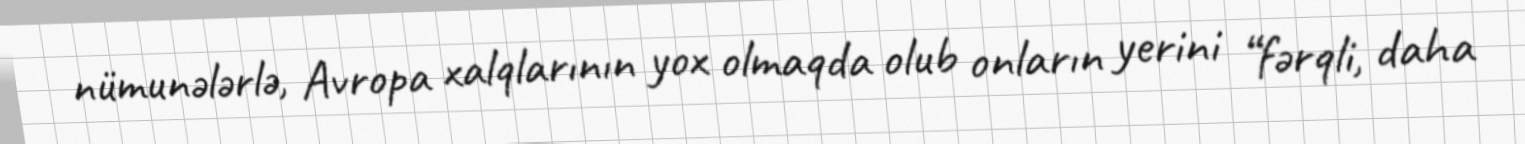
nümunələrlə, Avropa xalqlarının yox olmaqda olub onların yerini “fərqli, daha